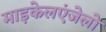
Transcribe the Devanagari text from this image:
माइकेलएंजेलो